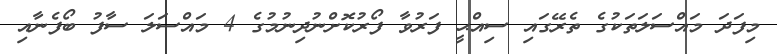
މިފަދަ މައްސަލަތަކުގެ ތެރޭގައި ސިއްޙީ ފަރުވާ ފޯރުކޮށްނުދިނުމުގެ 4 މައްސަލަ ސާފު ބޯފެނާއި